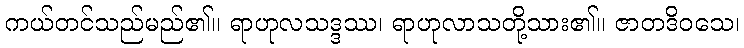
ကယ်တင်သည်မည်၏။ ရာဟုလသဒ္ဒဿ၊ ရာဟုလာသတို့သား၏။ ဇာတဒိဝသေ၊